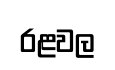
රළවල